Source: Handwritten
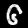
Digit: ၆ (6)